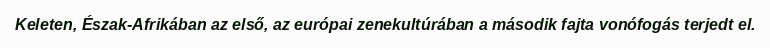
Keleten, Észak-Afrikában az első, az európai zenekultúrában a második fajta vonófogás terjedt el.